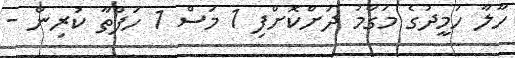
ހާލާ ހަމީދުގެ މަގާމު ދަށްކޮށްފި 1 މަސް 1 ހަފްތާ ކުރިން -